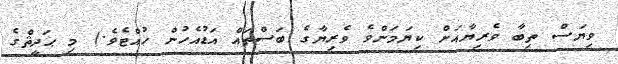
ވިޔަސް ތިބާ ވެރިޔާއަށް ކިޔަމަންވެ ވެރިޔާގެ ބަސްތައް އަޑުއެހުން ހުއްޓެވެ.) މި ޙަދީޘްގެ